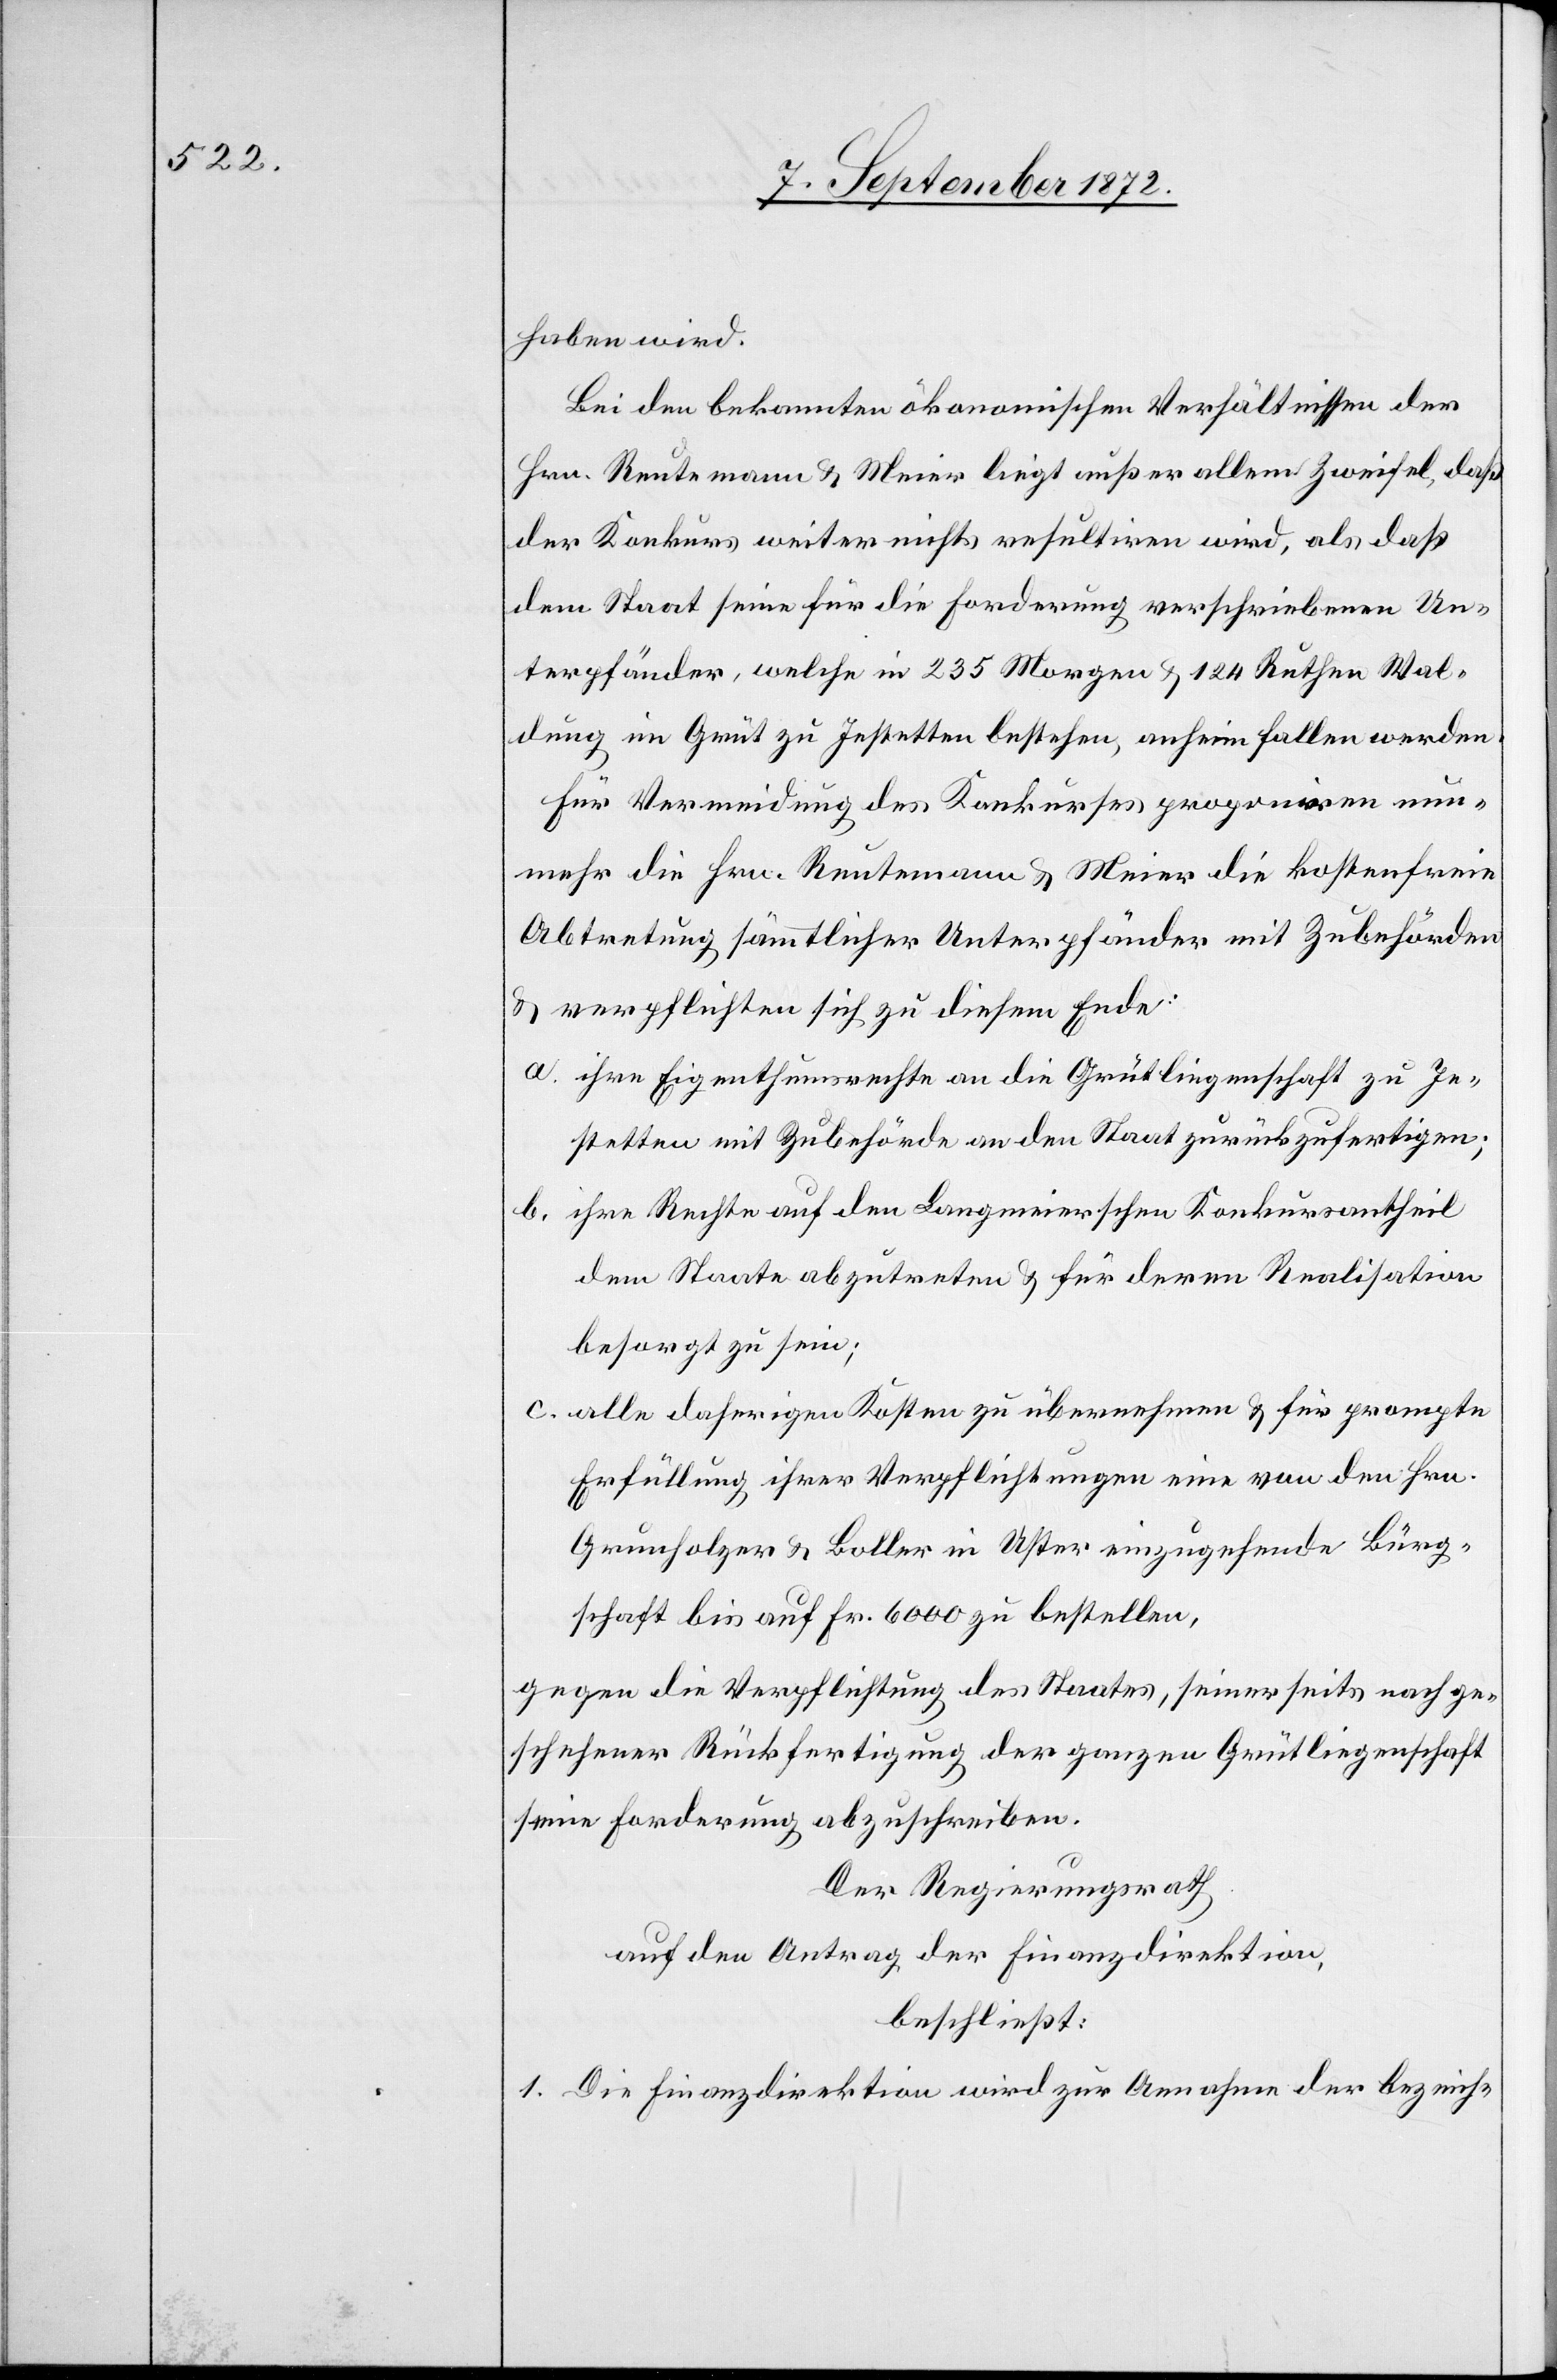
haben wird.
Bei den bekannten ökonomischen Verhältnisse der
Hrn. Reutemann u. Meier liegt außer allem Zweifel, daß
der Konkurs weiter nichts resultiren wird, als daß
dem Staat seine für die Forderung verschriebenen Un¬
terpfänder, welche in 235 Morgen u. 124 Ruthen Wal¬
dung im Grüt zu Jestetten bestehen, anheim fallen werden.
Für Vermeidung des Konkurses proponiren nun¬
mehr die Hrn. Reutemann u. Meier die kostenfreie
Abtretung sämmtlicher Unterpfänder mit Zubehörden
u. verpflichten sich zu diesem Ende:
a. ihre Eigenthumsrechte an die Grütliegenschaft zu Je¬
stetten mit Zubehörde an den Staat zurückzufertigen;
b. ihre Rechte auf den Langmeierschen Konkursantheil
dem Staate abzutreten u. für deren Realisation
besorgt zu sein;
c. alle daherigen Kosten zu übernehmen u. für prompte
Erfüllung ihrer Verpflichtungen eine von den Hrn.
Grunholzer u. Boller in Uster einzugehende Bürg¬
schaft bis auf Fr. 6000 zu bestellen,
gegen die Verpflichtung des Staates, seinerseits nach ge¬
schehener Rückfertigung der ganzen Grütliegenschaft
seine Forderung abzuschreiben.
Der Regierungsrath
auf den Antrag der Finanzdirektion,
beschließt:
1. Die Finanzdirektion wird zur Annahme der bezeich-